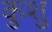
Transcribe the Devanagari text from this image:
कुशु